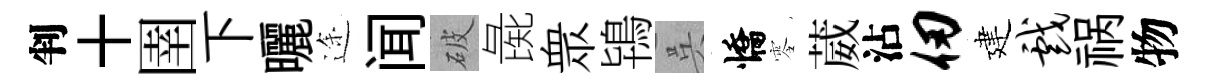
判十圉下曬途闻破彘衆鴇呉憍零葳沾仞建戏祸物